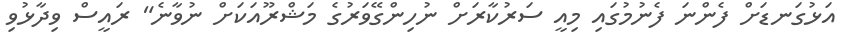
އަޅުގަނޑަށް ފެންނަ ފެނުމުގައި މިއީ ސަރުކާރަށް ނުހިންގޭވަރުގެ މަޝްރޫއަކަށް ނުވާނެ" ރައީސް ވިދާޅުވި